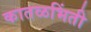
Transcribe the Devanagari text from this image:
कातळभिंती